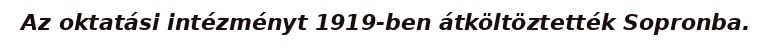
Az oktatási intézményt 1919-ben átköltöztették Sopronba.